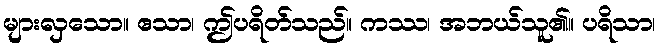
များလှသော။ ဧသာ၊ ဤပရိတ်သည်။ ကဿ၊ အဘယ်သူ၏။ ပရိသာ၊